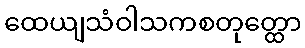
ထေယျသံဝါသကစတုတ္ထော